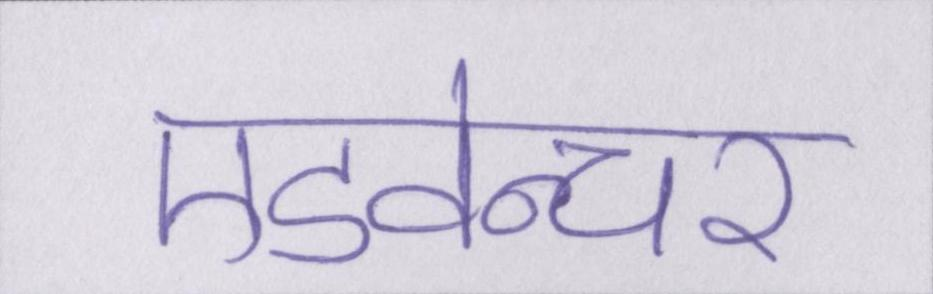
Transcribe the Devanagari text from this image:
एडवेन्चर